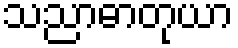
သညာဓာတုယာ